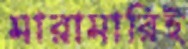
মারামারিই